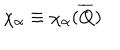
\chi _ { \alpha } \equiv \chi _ { \alpha } ( \overline { { { Q } } } )